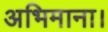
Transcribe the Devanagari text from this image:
अभिमाना।